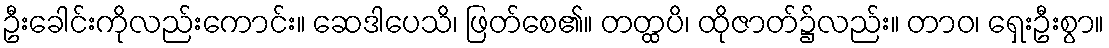
ဦးခေါင်းကိုလည်းကောင်း။ ဆေဒါပေသိ၊ ဖြတ်စေ၏။ တတ္ထပိ၊ ထိုဇာတ်၌လည်း။ တာဝ၊ ရှေးဦးစွာ။